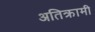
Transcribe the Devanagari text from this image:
अतिक्रामी